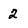
Character: 2